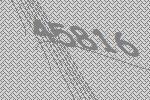
45816